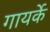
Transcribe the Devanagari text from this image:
गायर्के